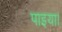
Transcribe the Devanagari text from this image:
पाइया।